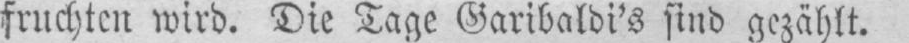
fruchten wird. Die Tage Garibaldi’s sind gezählt.